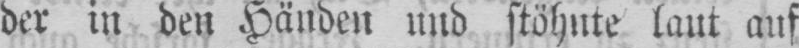
der in den Händen und stöhnte laut auf